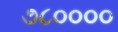
૭૮૦૦૦૦